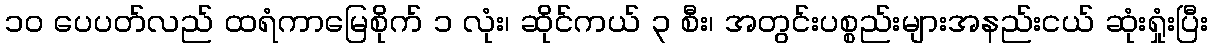
၁၀ ပေပတ်လည် ထရံကာမြေစိုက် ၁ လုံး၊ ဆိုင်ကယ် ၃ စီး၊ အတွင်းပစ္စည်းများအနည်းငယ် ဆုံးရှုံးပြီး